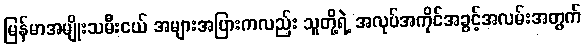
မြန်မာအမျိုးသမီးငယ် အများအပြားကလည်း သူတို့ရဲ့ အလုပ်အကိုင်အခွင့်အလမ်းအတွက်